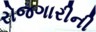
રોજગારીની